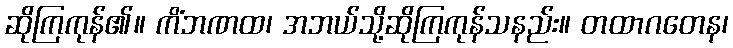
ဆိုကြကုန်၏။ ကိံဘဏထ၊ အဘယ်သို့ဆိုကြကုန်သနည်း။ တထာဂတေန၊